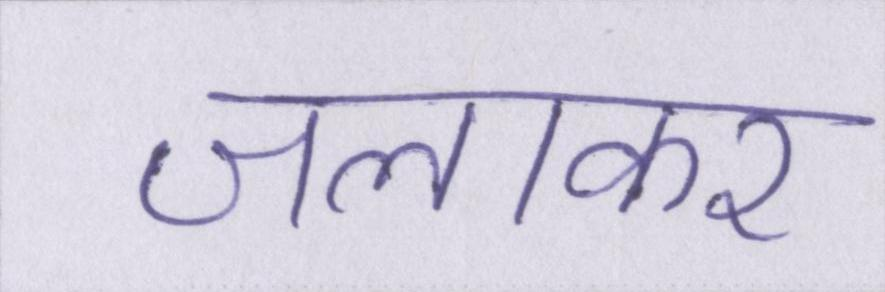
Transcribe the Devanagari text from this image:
जलाकर